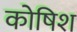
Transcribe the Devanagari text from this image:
कोषिश